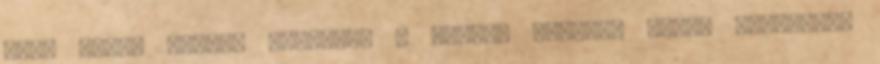
-val Forró Picsa, Ingyenes . barna, vastag, fúrt, brazzers,